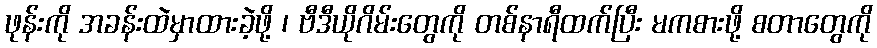
ဖုန်းကို အခန်းထဲမှာထားခဲ့ဖို့ ၊ ဗီဒီယိုဂိမ်းတွေကို တစ်နာရီထက်ပြီး မကစားဖို့ စတာတွေကို